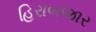
હિરાબજાર